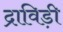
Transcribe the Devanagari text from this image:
द्राविड़ी